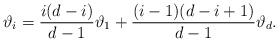
\begin{align*}\vartheta_i = \frac{i(d-i)}{d-1} \vartheta_1+ \frac{(i-1)(d-i+1)}{d-1} \vartheta_d.\end{align*}